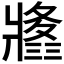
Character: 𤖚